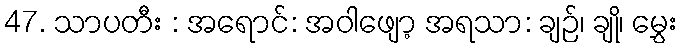
47. သာပတီး : အရောင်: အဝါဖျော့ အရသာ: ချဉ်၊ ချို၊ မွှေး